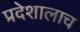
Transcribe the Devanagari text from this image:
प्रदेशालाच